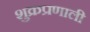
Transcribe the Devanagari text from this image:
शुक्रप्रणाली